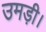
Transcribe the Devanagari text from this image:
उमड़ी।